Report of the Imperial Institute of Veterinary Research, Muktesar
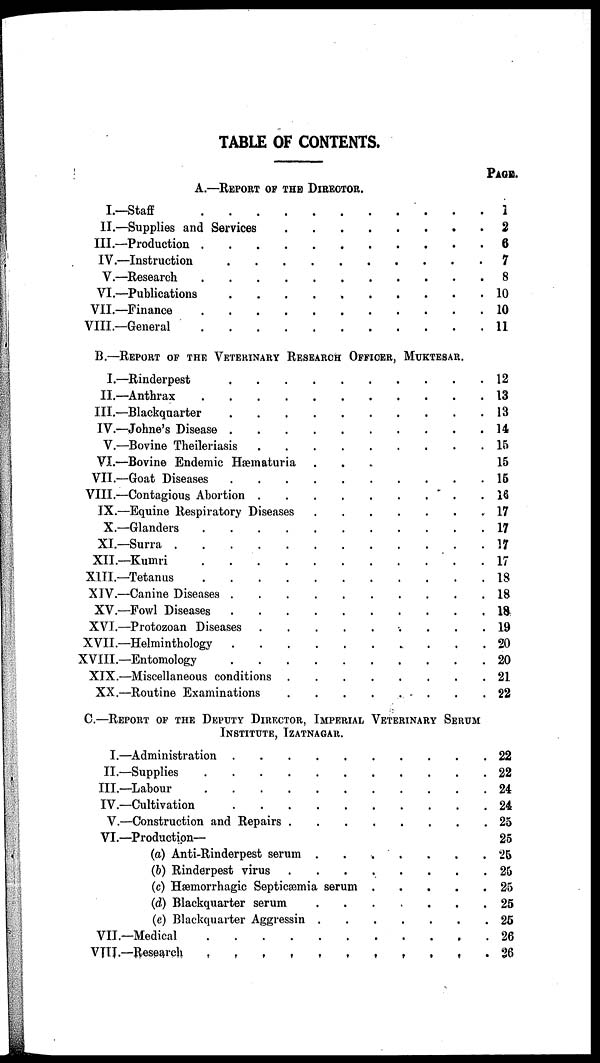
TABLE OF CONTENTS.
A.—REPORT OF THE DIRECTOR
I.-Staff
II.-Supplies and Services
III.- Production
IV.-Instruction
V.-Research
VI.-Publication
VII.—Finance
.
.
.
.
.
.
.
.
.
.
.
.
.
.
.
.
.
.
.
.
.
.
.
.
.
.
.
.
.
.
.
.
.
.
.
.
.
.
.
.
.
.
.
.
.
.
.
.
.
.
.
.
.
.
.
.
.
.
.
.
.
.
.
.
.
.
.
.
.
.
B.—REPORT OF THE VETERINARY RESEARCH OFFICER, MUKTESAR
I.-Rinderpest
II.-Anthrax
III.-Blackquarter
IV.-Johne's Disease
V.-Bovine Theileriasis
VI.—Bovine Endemic Hæmaturia
VII.-Goat Diseases
VIII.—Contagious Abortion
IX.—Equine Respiratory Diseases
X.-Glanders
XI.-Surra
XII.-Kumri
XIII.-Tetanus
XIV.—Canine Diseases
XV.—Fowl Diseases
XVI.-Protozoan Diseases
XVII— Helminthology
XVIII.-Entomologly
XIX.-Miscellaneous conditions
.
.
.
.
.
.
.
.
.
.
.
.
.
.
.
.
.
.
.
.
.
.
.
.
.
.
.
.
.
.
.
.
.
.
.
.
.
.
.
.
.
.
.
.
.
.
.
.
.
.
.
.
.
.
.
.
.
.
.
.
.
.
.
.
.
.
.
.
.
.
.
.
.
.
.
.
.
.
.
.
.
.
.
.
.
.
.
.
.
.
.
.
.
.
.
.
.
.
.
.
.
.
.
.
.
.
.
.
.
.
.
.
.
.
.
.
.
.
.
.
.
.
.
.
.
.
.
.
.
.
.
.
.
PAGE.
1
2
6
7
8
10
10
11
12
13
13
14
15
15
15
16
17
17
17
17
18
18
18
19
20
20
21
22
C.-REPORT OF THE DEPUTY DIRECTOR, IMPERIAL VETERINARY SERUM
INSTITUTE, IZATNAGAR.
I.—Administration
II.-Supplies
III.-Labour
IV.-Cultivation
V.—Construction and Repairs
VI.—Production—
(a) Anti-Rinderpest serum
(c) Hæmorrhagic Septicæmia serum
(d) Blackquarter serum
(e) Blackquarter Aggressin
VII.-Medical
VIII.—Research
22
22
24
24
25
25
25
25
25
25
25
26
26